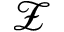
\mathcal { Z }